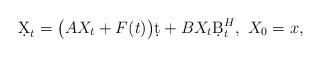
LaTeX: \begin{align*}\d X_t = \big(AX_t + F(t)\big)\d t + BX_t\d B^H_t,\ X_0=x,\end{align*}